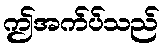
ဤအက်ပ်သည်